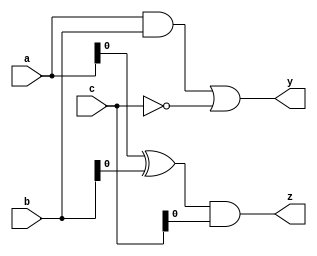
module combinational_logic (
    input wire [3:0] a,      // 4-bit input signal a
    input wire [3:0] b,      // 4-bit input signal b
    input wire [3:0] c,      // 4-bit input signal c
    output reg [3:0] y,      // 4-bit output signal y
    output reg z             // 1-bit output signal z
);

always @(*) begin
    // Combinational logic to compute output y based on inputs a, b, and c
    y = (a & b) | (~c);      // Example logic: AND a and b, then OR with NOT c

    // Additional logic to compute output z based on inputs
    z = (a[0] ^ b[0]) & c[0]; // Example logic: XOR of the least significant bits of a and b, AND with c
end

endmodule